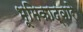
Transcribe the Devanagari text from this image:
भूमिकाद्वारे